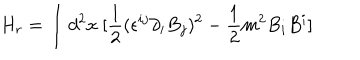
H _ { r } = \int d ^ { 2 } x ~ [ \frac { 1 } { 2 } ( \epsilon ^ { i j } \partial _ { i } B _ { j } ) ^ { 2 } - \frac { 1 } { 2 } m ^ { 2 } B _ { i } B ^ { i } ]